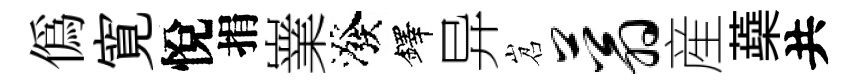
偽寛悅捐嶪潑鐸异岧蓊産蘃共